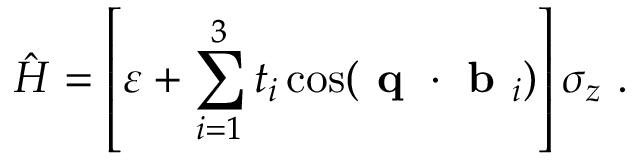
\hat { H } = \left[ \varepsilon + \sum _ { i = 1 } ^ { 3 } t _ { i } \cos ( \textbf { q } \cdot \textbf { b } _ { i } ) \right] \sigma _ { z } ~ .